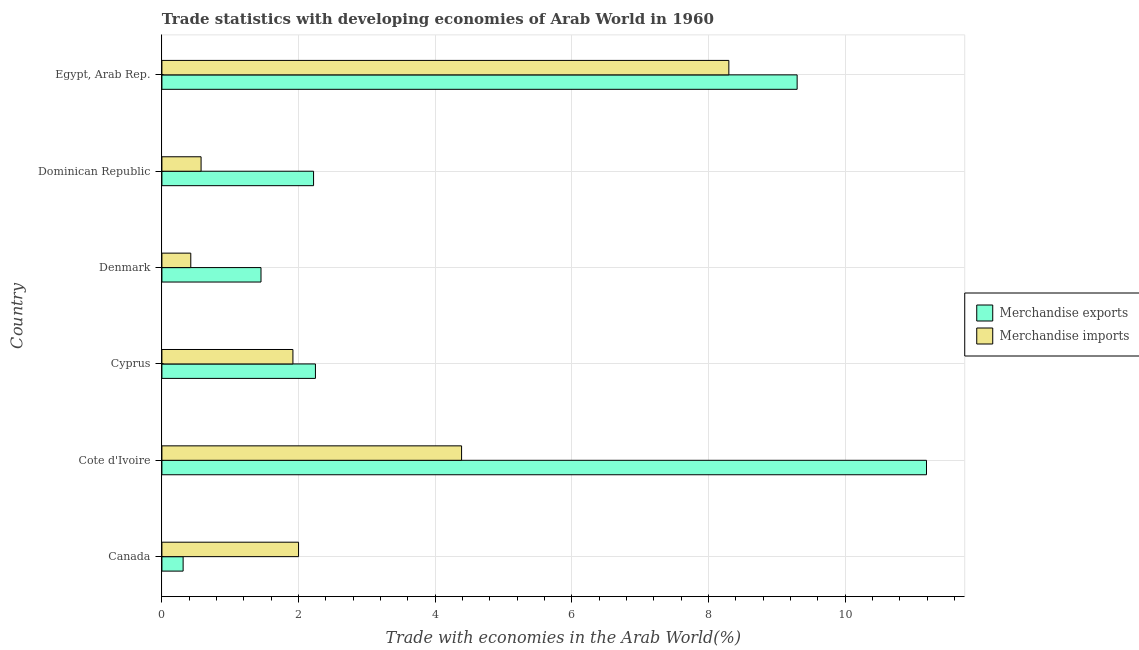
| Country | Merchandise exports | Merchandise imports |
 | --- | --- | --- |
 | Canada | 0.311 | 2 |
 | Cote d'Ivoire | 11.2 | 4.39 |
 | Cyprus | 2.25 | 1.92 |
 | Denmark | 1.45 | 0.423 |
 | Dominican Republic | 2.22 | 0.573 |
 | Egypt, Arab Rep. | 9.3 | 8.3 |